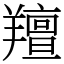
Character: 羶